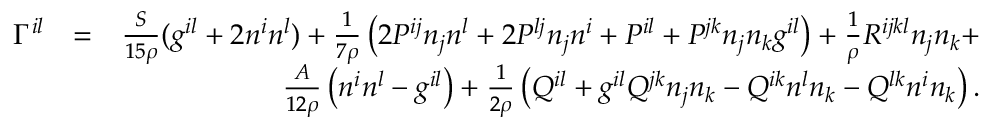
\begin{array} { r l r } { \Gamma ^ { i l } } & { = } & { \frac { S } { 1 5 \rho } ( g ^ { i l } + 2 n ^ { i } n ^ { l } ) + \frac 1 { 7 \rho } \left( 2 P ^ { i j } n _ { j } n ^ { l } + 2 P ^ { l j } n _ { j } n ^ { i } + P ^ { i l } + P ^ { j k } n _ { j } n _ { k } g ^ { i l } \right) + \frac 1 \rho R ^ { i j k l } n _ { j } n _ { k } + } \\ & { } & { \frac { A } { 1 2 \rho } \left( n ^ { i } n ^ { l } - g ^ { i l } \right) + \frac 1 { 2 \rho } \left( Q ^ { i l } + g ^ { i l } Q ^ { j k } n _ { j } n _ { k } - Q ^ { i k } n ^ { l } n _ { k } - Q ^ { l k } n ^ { i } n _ { k } \right) . } \end{array}